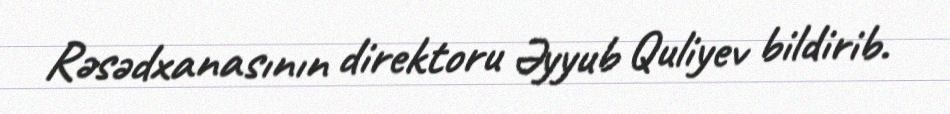
Rəsədxanasının direktoru Əyyub Quliyev bildirib.